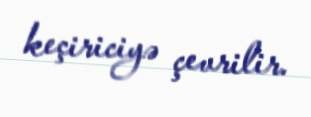
keçiriciyə çevrilir.